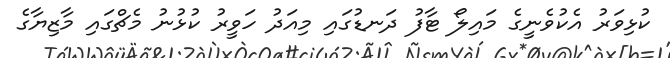
ކުޅިވަރު އެކުވެނީގެ މައިލޯ ޓާފު ދަނޑުގައި މިއަދު ހަވީރު ކުޅުނު މެޗްގައި މާޒިޔާގެ